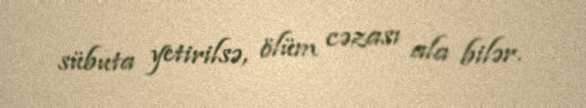
sübuta yetirilsə, ölüm cəzası ala bilər.